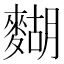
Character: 𪍒